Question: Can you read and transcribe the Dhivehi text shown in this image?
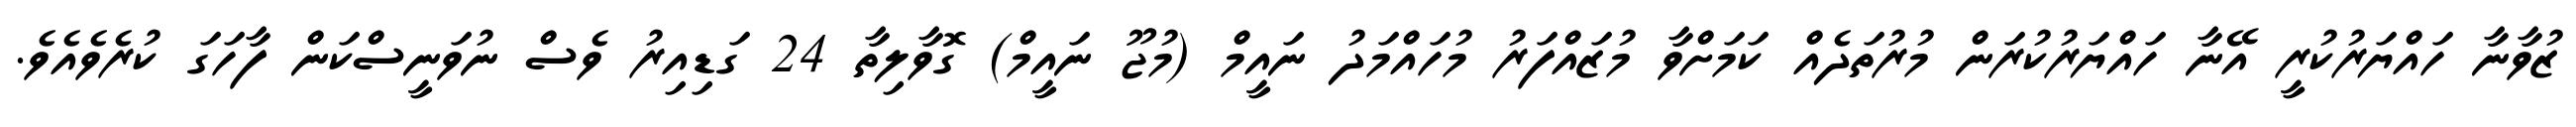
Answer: ޒުވާނާ ހައްޔަރުކުރީ އޭނާ ހައްޔަރުކުރަން މުރުތަދެއް ކަމަށްވާ މުޒައްފަރު މުހައްމަދު ނައީމް (މުޖޫ ނައީމް) ގޮވާލިތާ 24 ގަޑިއިރު ވެސް ނުވަނީސްކަން ފާހަގަ ކުރެވެއެވެ.